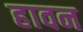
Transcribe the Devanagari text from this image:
हावन